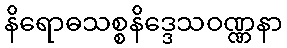
နိရောဓသစ္စနိဒ္ဒေသဝဏ္ဏနာ